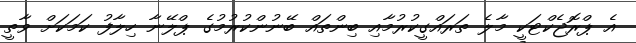
އެ ޕްރޮޖެކްޓަކީ މާލެ ތަރައްގީކުރުމާއި ބިންތައް ބޭނުންކުރުމުގެ ޕްލޭނާ ހިލާފު ކަމަކަށް ވާތީ